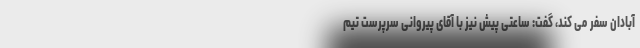
آبادان سفر می کند، گفت: ساعتی پیش نیز با آقای پیروانی سرپرست تیم